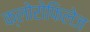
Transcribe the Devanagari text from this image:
क्लोरोफिलेज